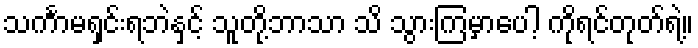
သင်္ကာမရှင်းရဘဲနှင့် သူတို့ဘာသာ သိ သွားကြမှာပေါ့ ကိုရင်တုတ်ရဲ့။